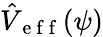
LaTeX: \hat{V}_{\mathrm{~e~f~f~}}(\psi)